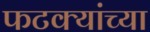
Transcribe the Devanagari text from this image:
फटक्यांच्या